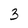
Character: 3